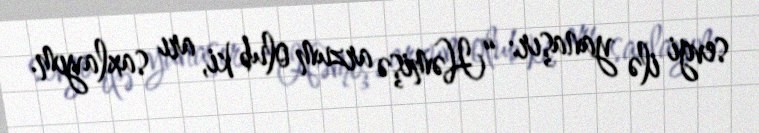
sevgi ilə yanaşır: “Həmişə arzum olub ki, arı saxlayım.